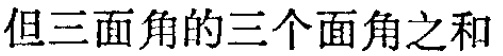
但三面角的三个面角之和